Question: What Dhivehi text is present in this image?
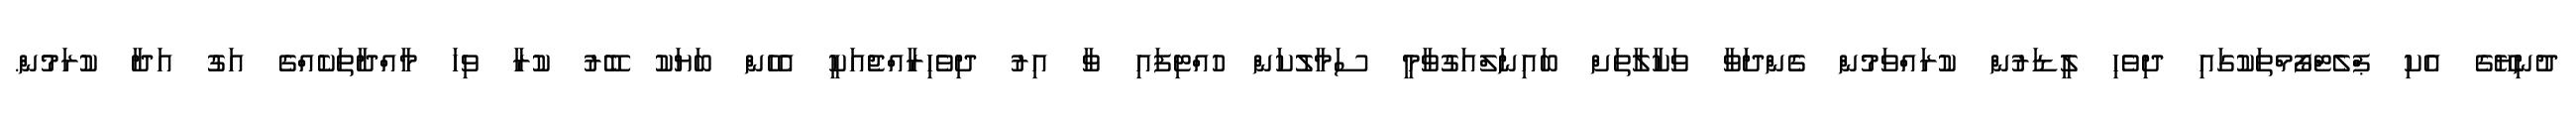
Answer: ދުނިޔޭގެ އެކި ޕްލެޓްފޯމްތަކުގައި ދިވެހި ލީޑަރުން ކުރައްވަމުން ގެންދަވާ ވަކާލާތަށް ބައިނަލްއަގުވާމީ ސަމާލުކަން ހުއްޓިފައި ވާ އިރު ދިވެހިރާއްޖެއަކީ އެހެން ބަޔަކު ބޭރު ކުރާ ވިހަ މާއްދާތަކެއްގެ އަގު އަދާ ކުރަމުން.